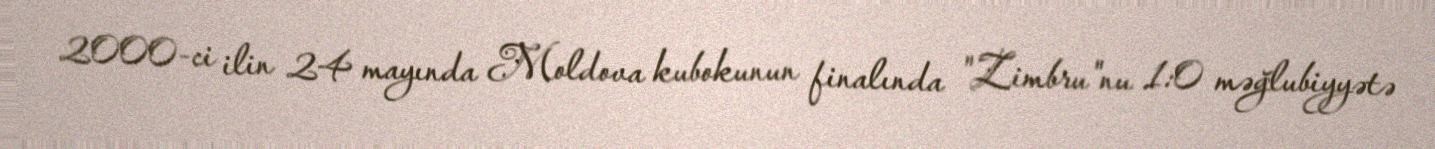
2000-ci ilin 24 mayında Moldova kubokunun finalında "Zimbru"nu 1:0 məğlubiyyətə